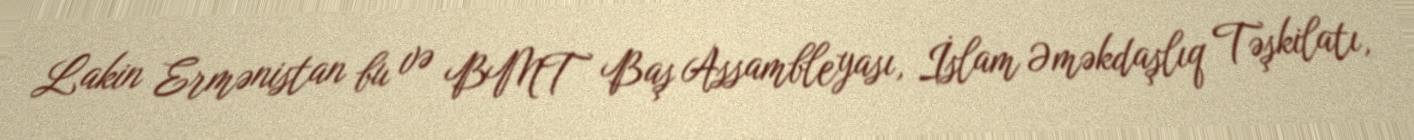
Lakin Ermənistan bu və BMT Baş Assambleyası, İslam Əməkdaşlıq Təşkilatı,